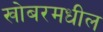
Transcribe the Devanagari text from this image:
खोबरमधील